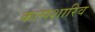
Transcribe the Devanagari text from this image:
कल्पशारिव